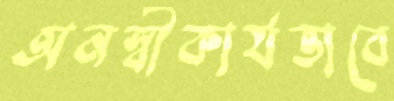
অনস্বীকার্যভাবে